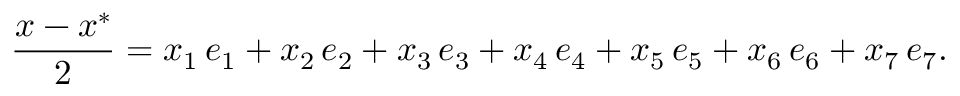
{ \frac { x - x ^ { * } } { 2 } } = x _ { 1 } \, e _ { 1 } + x _ { 2 } \, e _ { 2 } + x _ { 3 } \, e _ { 3 } + x _ { 4 } \, e _ { 4 } + x _ { 5 } \, e _ { 5 } + x _ { 6 } \, e _ { 6 } + x _ { 7 } \, e _ { 7 } .